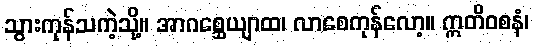
သွားကုန်သကဲ့သို့။ အာဂစ္ဆေယျာထ၊ လာစေကုန်လော့။ ဣတိဝစနံ၊